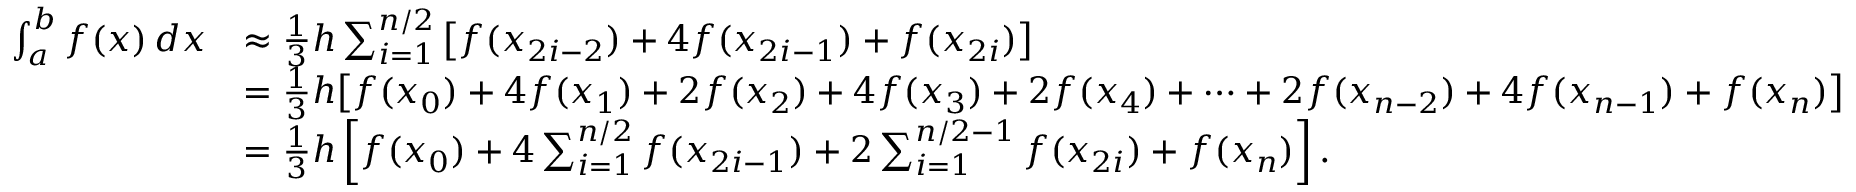
{ \begin{array} { r l } { \int _ { a } ^ { b } f ( x ) \, d x } & { \approx { \frac { 1 } { 3 } } h \sum _ { i = 1 } ^ { n / 2 } { \big [ } f ( x _ { 2 i - 2 } ) + 4 f ( x _ { 2 i - 1 } ) + f ( x _ { 2 i } ) { \big ] } } \\ & { = { \frac { 1 } { 3 } } h { \big [ } f ( x _ { 0 } ) + 4 f ( x _ { 1 } ) + 2 f ( x _ { 2 } ) + 4 f ( x _ { 3 } ) + 2 f ( x _ { 4 } ) + \dots + 2 f ( x _ { n - 2 } ) + 4 f ( x _ { n - 1 } ) + f ( x _ { n } ) { \big ] } } \\ & { = { \frac { 1 } { 3 } } h \left[ f ( x _ { 0 } ) + 4 \sum _ { i = 1 } ^ { n / 2 } f ( x _ { 2 i - 1 } ) + 2 \sum _ { i = 1 } ^ { n / 2 - 1 } f ( x _ { 2 i } ) + f ( x _ { n } ) \right] . } \end{array} }